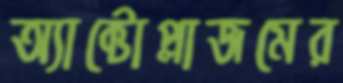
অ্যাক্টোপ্লাজমের